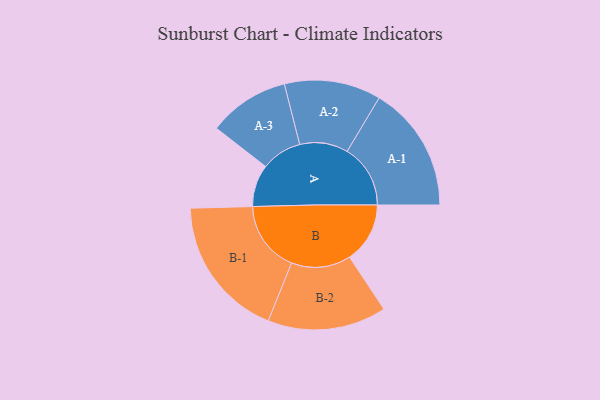
{"axis": {"x": "Segment", "y": "Value"}, "legend": ["", "A", "B"], "data": [{"x": "A", "y": 163, "type": ""}, {"x": "B", "y": 234, "type": ""}, {"x": "A-1", "y": 245, "type": "A"}, {"x": "A-2", "y": 187, "type": "A"}, {"x": "A-3", "y": 157, "type": "A"}, {"x": "B-1", "y": 276, "type": "B"}, {"x": "B-2", "y": 230, "type": "B"}]}